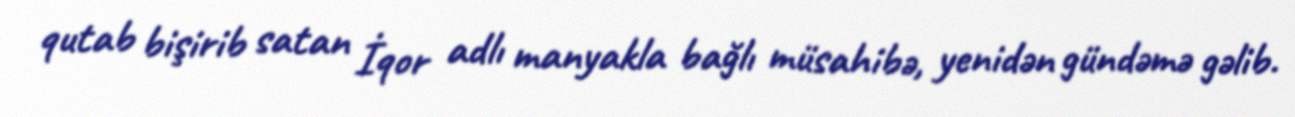
qutab bişirib satan İqor adlı manyakla bağlı müsahibə, yenidən gündəmə gəlib.